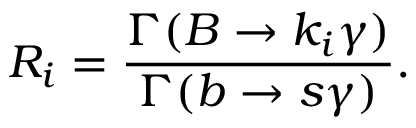
R _ { i } = { \frac { \Gamma ( B \to k _ { i } \gamma ) } { \Gamma ( b \to s \gamma ) } } .